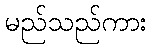
မည်သည်ကား